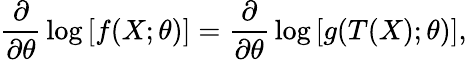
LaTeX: {\frac{\partial}{\partial\theta}}\log\left[f(X;\theta)\right]={\frac{\partial}{\partial\theta}}\log\left[g(T(X);\theta)\right],